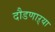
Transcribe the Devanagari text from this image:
दौडणाऱ्या